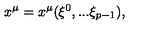
x ^ { \mu } = x ^ { \mu } ( \xi ^ { 0 } , . . . \xi _ { p - 1 } ) ,